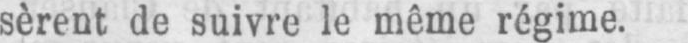
sèrent de suivre le même régime.